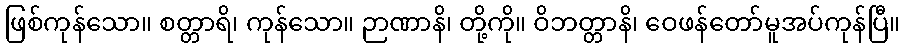
ဖြစ်ကုန်သော။ စတ္တာရိ၊ ကုန်သော။ ဉာဏာနိ၊ တို့ကို။ ဝိဘတ္တာနိ၊ ဝေဖန်တော်မူအပ်ကုန်ပြီ။